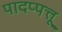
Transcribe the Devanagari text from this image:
पादप्पत्तू